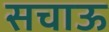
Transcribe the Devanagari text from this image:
सचाऊ